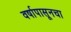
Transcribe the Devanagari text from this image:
वर्षापासूनचा